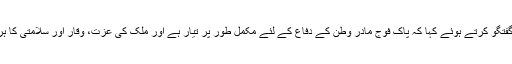
اس موقع پر آرمی چیف نے گفتگو کرتے ہوئے کہا کہ پاک فوج مادر وطن کے دفاع کے لئے مکمل طور پر تیار ہے اور ملک کی عزت، وقار اور سلامتی کا ہر قیمت پر دفاع کیا جائے گا۔